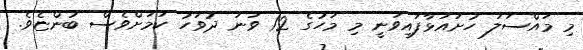
މި މައްސަލަ ހުށައަޅާފައިވަނީ މި މަހުގެ 12 ވަނަ ދުވަހު ކަމަަށްވެސް ބުންޏެވެ.